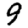
Digit: 9